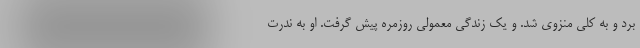
برد و به کلی منزوی شد. و یک زندگی معمولی روزمره پیش گرفت. او به ندرت